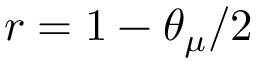
r = 1 - \theta _ { \mu } / 2